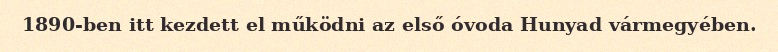
1890-ben itt kezdett el működni az első óvoda Hunyad vármegyében.